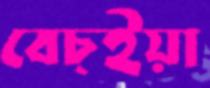
বেচ্ইয়া